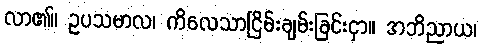
လာ၏။ ဥပသမာလ၊ ကိလေသာငြိမ်းချမ်းခြင်းငှာ။ အဘိညာယ၊